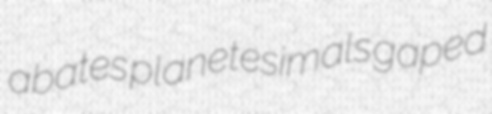
abates planetesimals gaped